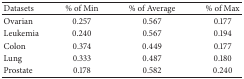
| Datasets | % of Min | % of Average | % of Max |
 | --- | --- | --- | --- |
 | Ovarian | 0.257 | 0.567 | 0.177 |
 | Leukemia | 0.240 | 0.567 | 0.194 |
 | Colon | 0.374 | 0.449 | 0.177 |
 | Lung | 0.333 | 0.487 | 0.180 |
 | Prostate | 0.178 | 0.582 | 0.240 |